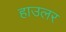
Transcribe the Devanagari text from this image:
हाउलर